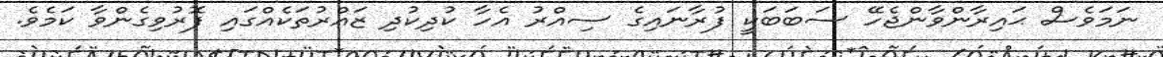
ނަމަވެސް ޙައިރާންވާންޖެހޭ ސަބަބަކީ ފުރާނައިގެ ސިއްރު އެހާ ކުދިކުދި ޒައްރުތަކެއްގައި ފޮރުވިގެންވާ ކަމެވެ.